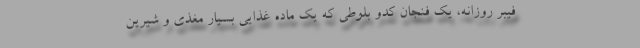
فیبر روزانه، یک فنجان کدو بلوطی که یک ماده غذایی بسیار مغذی و شیرین